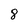
Character: 8